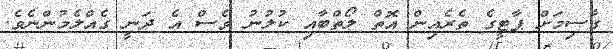
ގާސިމަށް ޕާޓީގެ ތެރެއިން އޮތް ލޯތްބާއި ކުލުނު ވެސް އެ ދަނީ ގެއްލެމުންނެވެ.